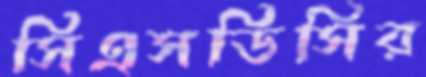
সিএসডিসির